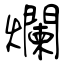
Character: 爛